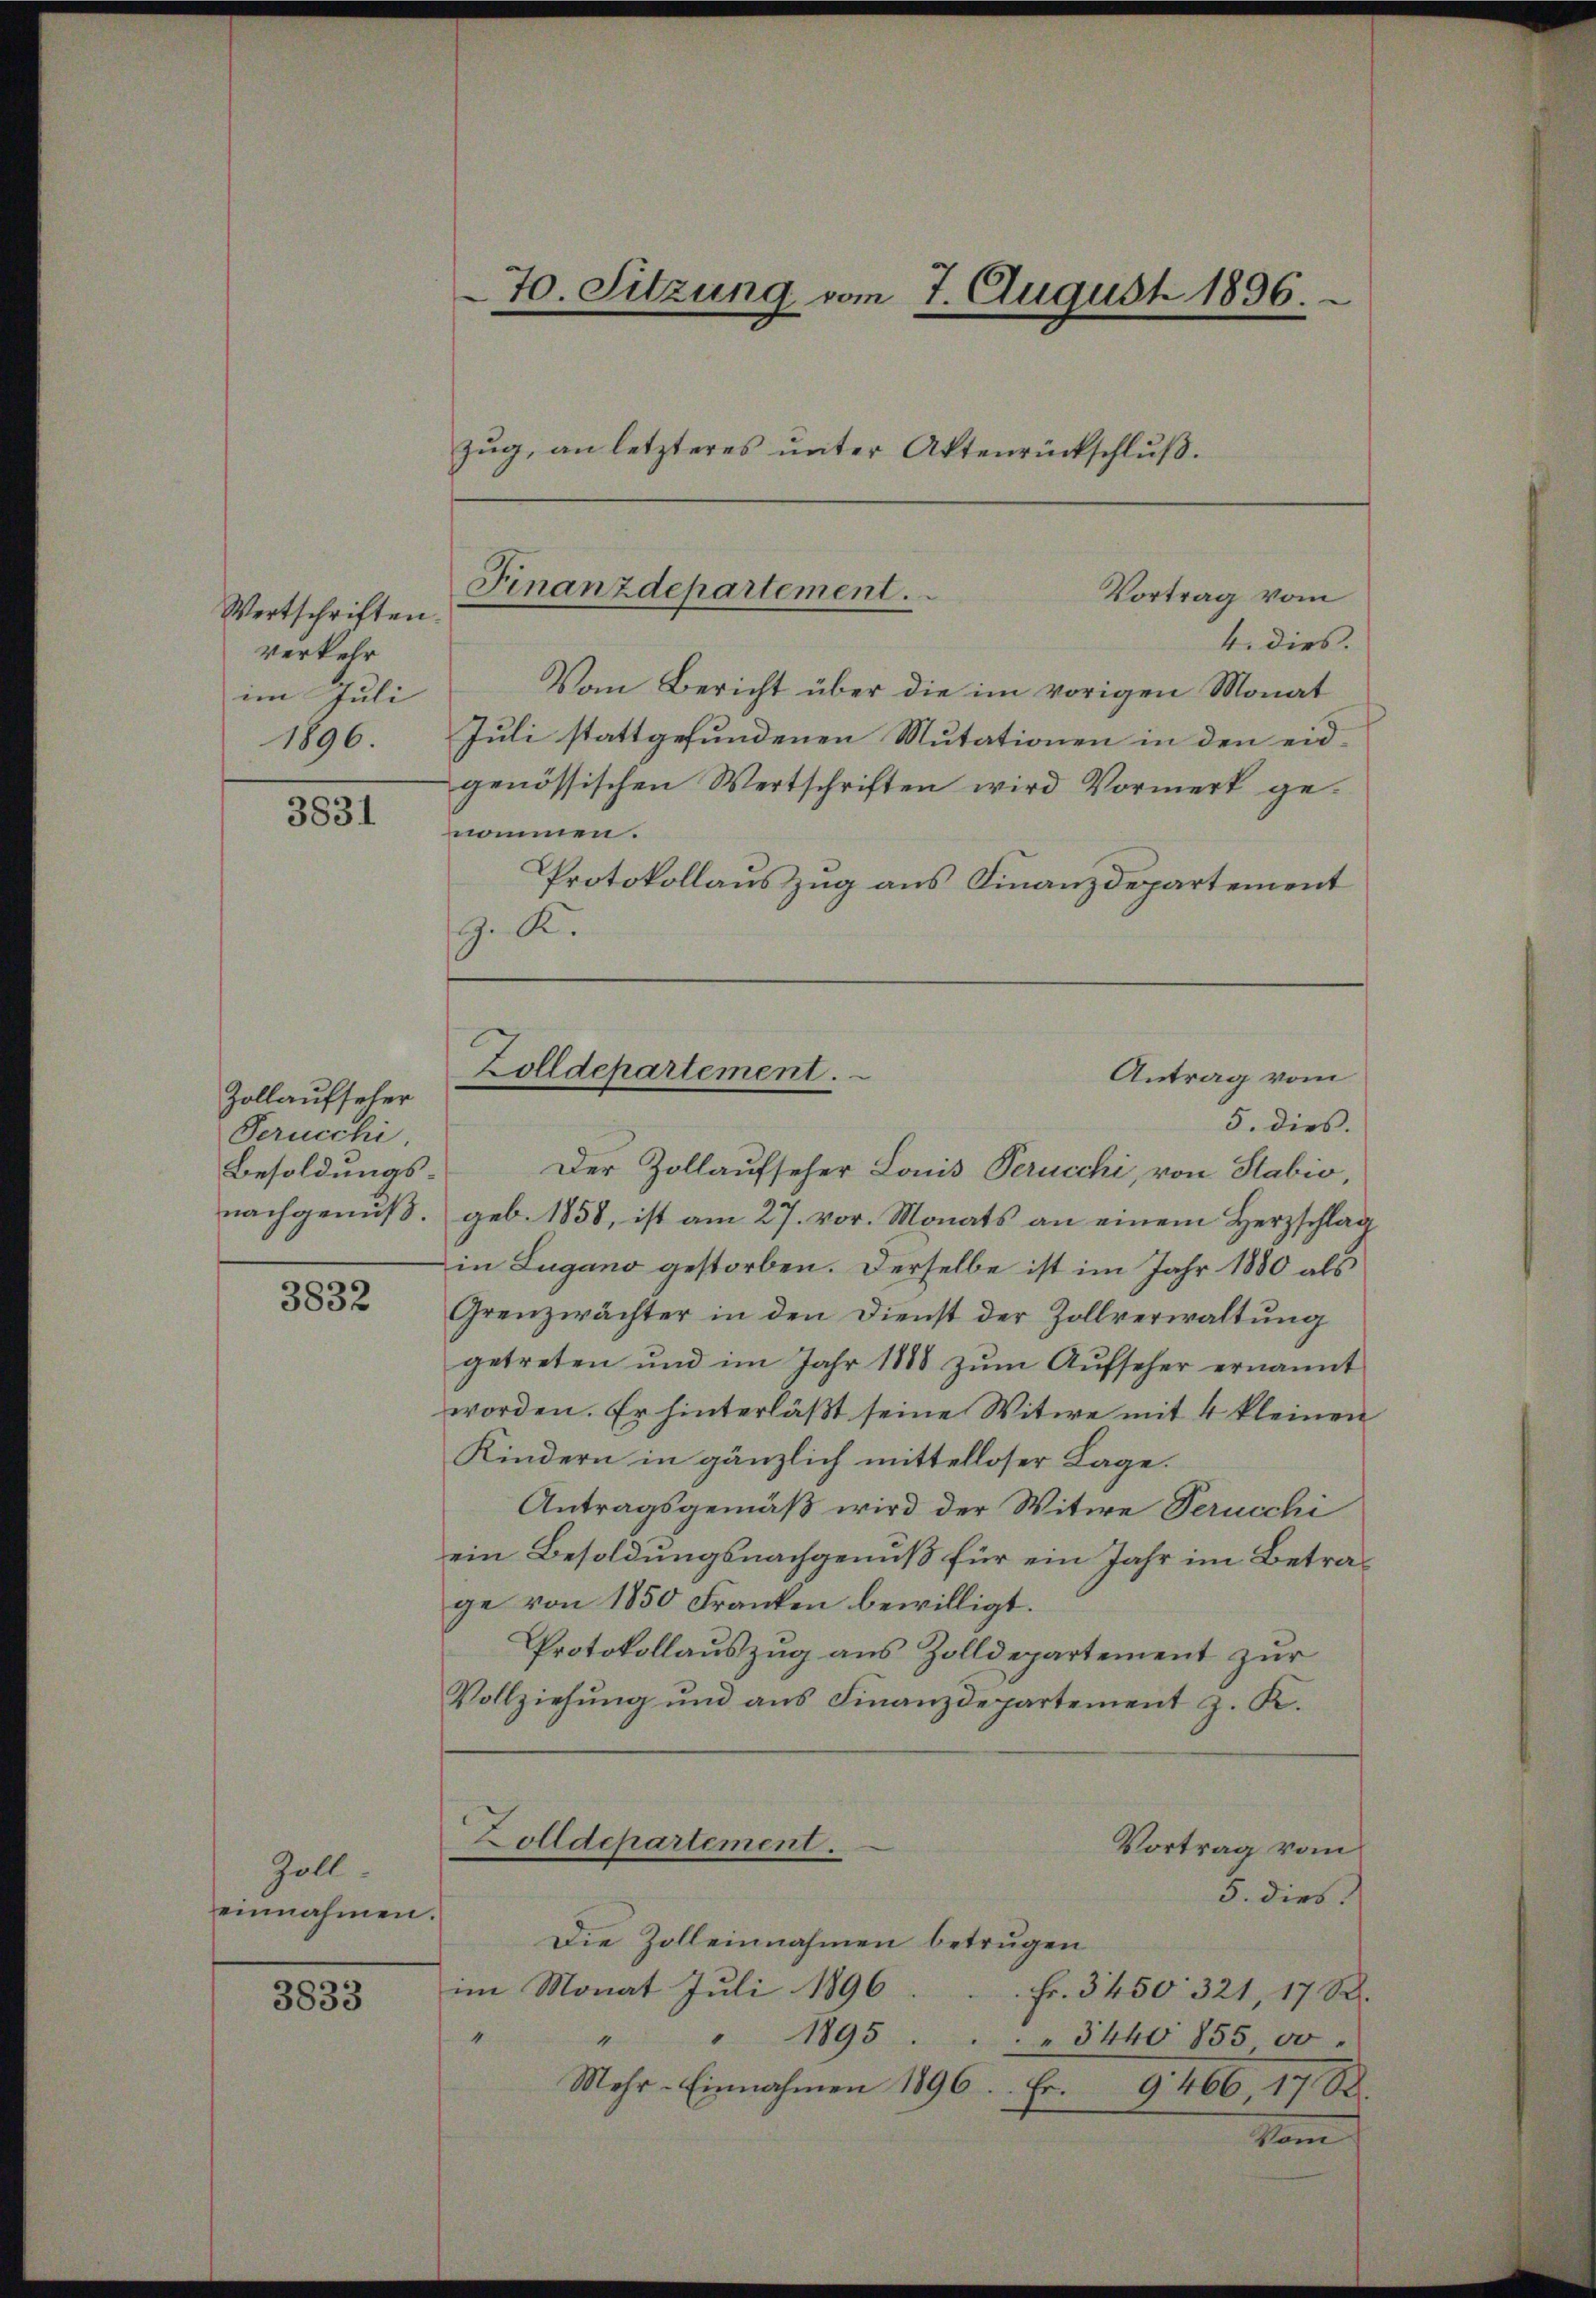
Wertschriften.
verkehr
im Juli
1896.

3831

Zollaufseher
Perucchi
Besoldungs
nachgenuß.

3832

Goll.
einnahmen

3833

4. dies.
Vom Bericht über die im vorigen Monat
Juli stattgefundenen Mutationen in den eidgenössischen Wertschriften wird Vormerk genommen.
Protokollauszug aus Finanzdepartement
G. K.

70. Sitzung vom 7. August 1896.
zŭg, an letzteres ŭnter Aktenrückschlŭβ

Finanzdepartement.
Vortrag vom

5. dies.
Der Zollaufseher Lonis Perucchi, von Stabio,
geb. 1858, ist am 27. vor. Monats an einem Herzschlag
in Lugano gestorben. Derselbe ist im Jahr 1850 als
Grenzwächter in den Dienst der Zollverwaltŭng
getreten und im Jahr 1888 zŭm Aŭfseher ernannt
worden. Er hinterläßt seine Witwe mit 4 kleinen
Kindern in gänzlich mittelloser Lage.
Antragsgemäß wird der Witwe Perucchi
ein Besoldungsnachgenuß für ein Jahr im Betrage von 1850 Franken bewilligt.
Protokollauszug aus Zolldepartement zur
Vollziehŭng und ans Finanzdepartement z. K.
Zolldepartement.
Vortrag vom
5. dies
Die Zolleinnahmen betrugen
im Monat Juli 1896
Fr. 3450. 321, 17 S.
" " 1895
4
3440 855 00.
Mehr-Einnahmen 1896
Er¬
G. 166, 1782.
kam

Zolldepartement.

Antrag vom